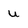
Character: u